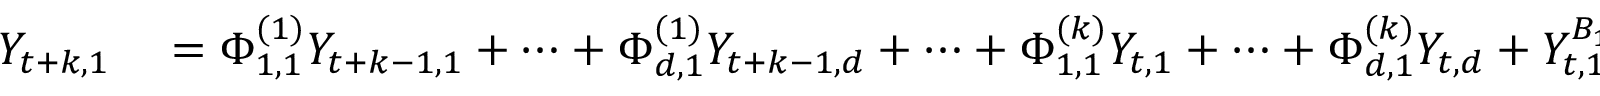
\begin{array} { r l } { Y _ { t + k , 1 } } & { { } = \Phi _ { 1 , 1 } ^ { ( 1 ) } Y _ { t + k - 1 , 1 } + \cdots + \Phi _ { d , 1 } ^ { ( 1 ) } Y _ { t + k - 1 , d } + \cdots + \Phi _ { 1 , 1 } ^ { ( k ) } Y _ { t , 1 } + \cdots + \Phi _ { d , 1 } ^ { ( k ) } Y _ { t , d } + Y _ { t , 1 } ^ { B _ { 1 } } \varepsilon _ { t , 1 } } \end{array}